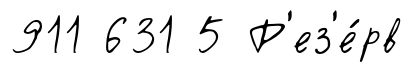
911 631 5 Р'ез'е́рв